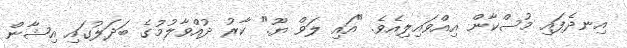
އިނދެފައި މުސްކާން އިއްވައިލިއެވެ. "އައި ލަވް ޔޫ." ކާރު ދުއްވާލުމުގެ ބަދަލުގައި އިޝާން